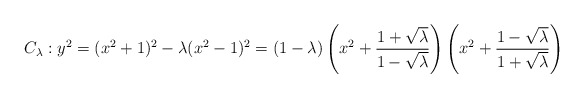
\begin{align*}C_{\lambda} : y^2 = (x^2+1)^2 - \lambda (x^2 - 1)^2 = (1 - \lambda) \left( x^2 + \frac{1+\sqrt{\lambda}}{1-\sqrt{\lambda}} \right) \left( x^2 + \frac{1-\sqrt{\lambda}}{1+\sqrt{\lambda}} \right)\end{align*}